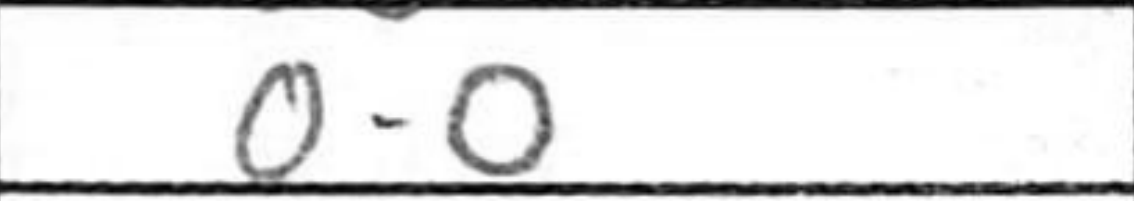
Transcription: O-O